Trukikaitis_Postimees, lk 2
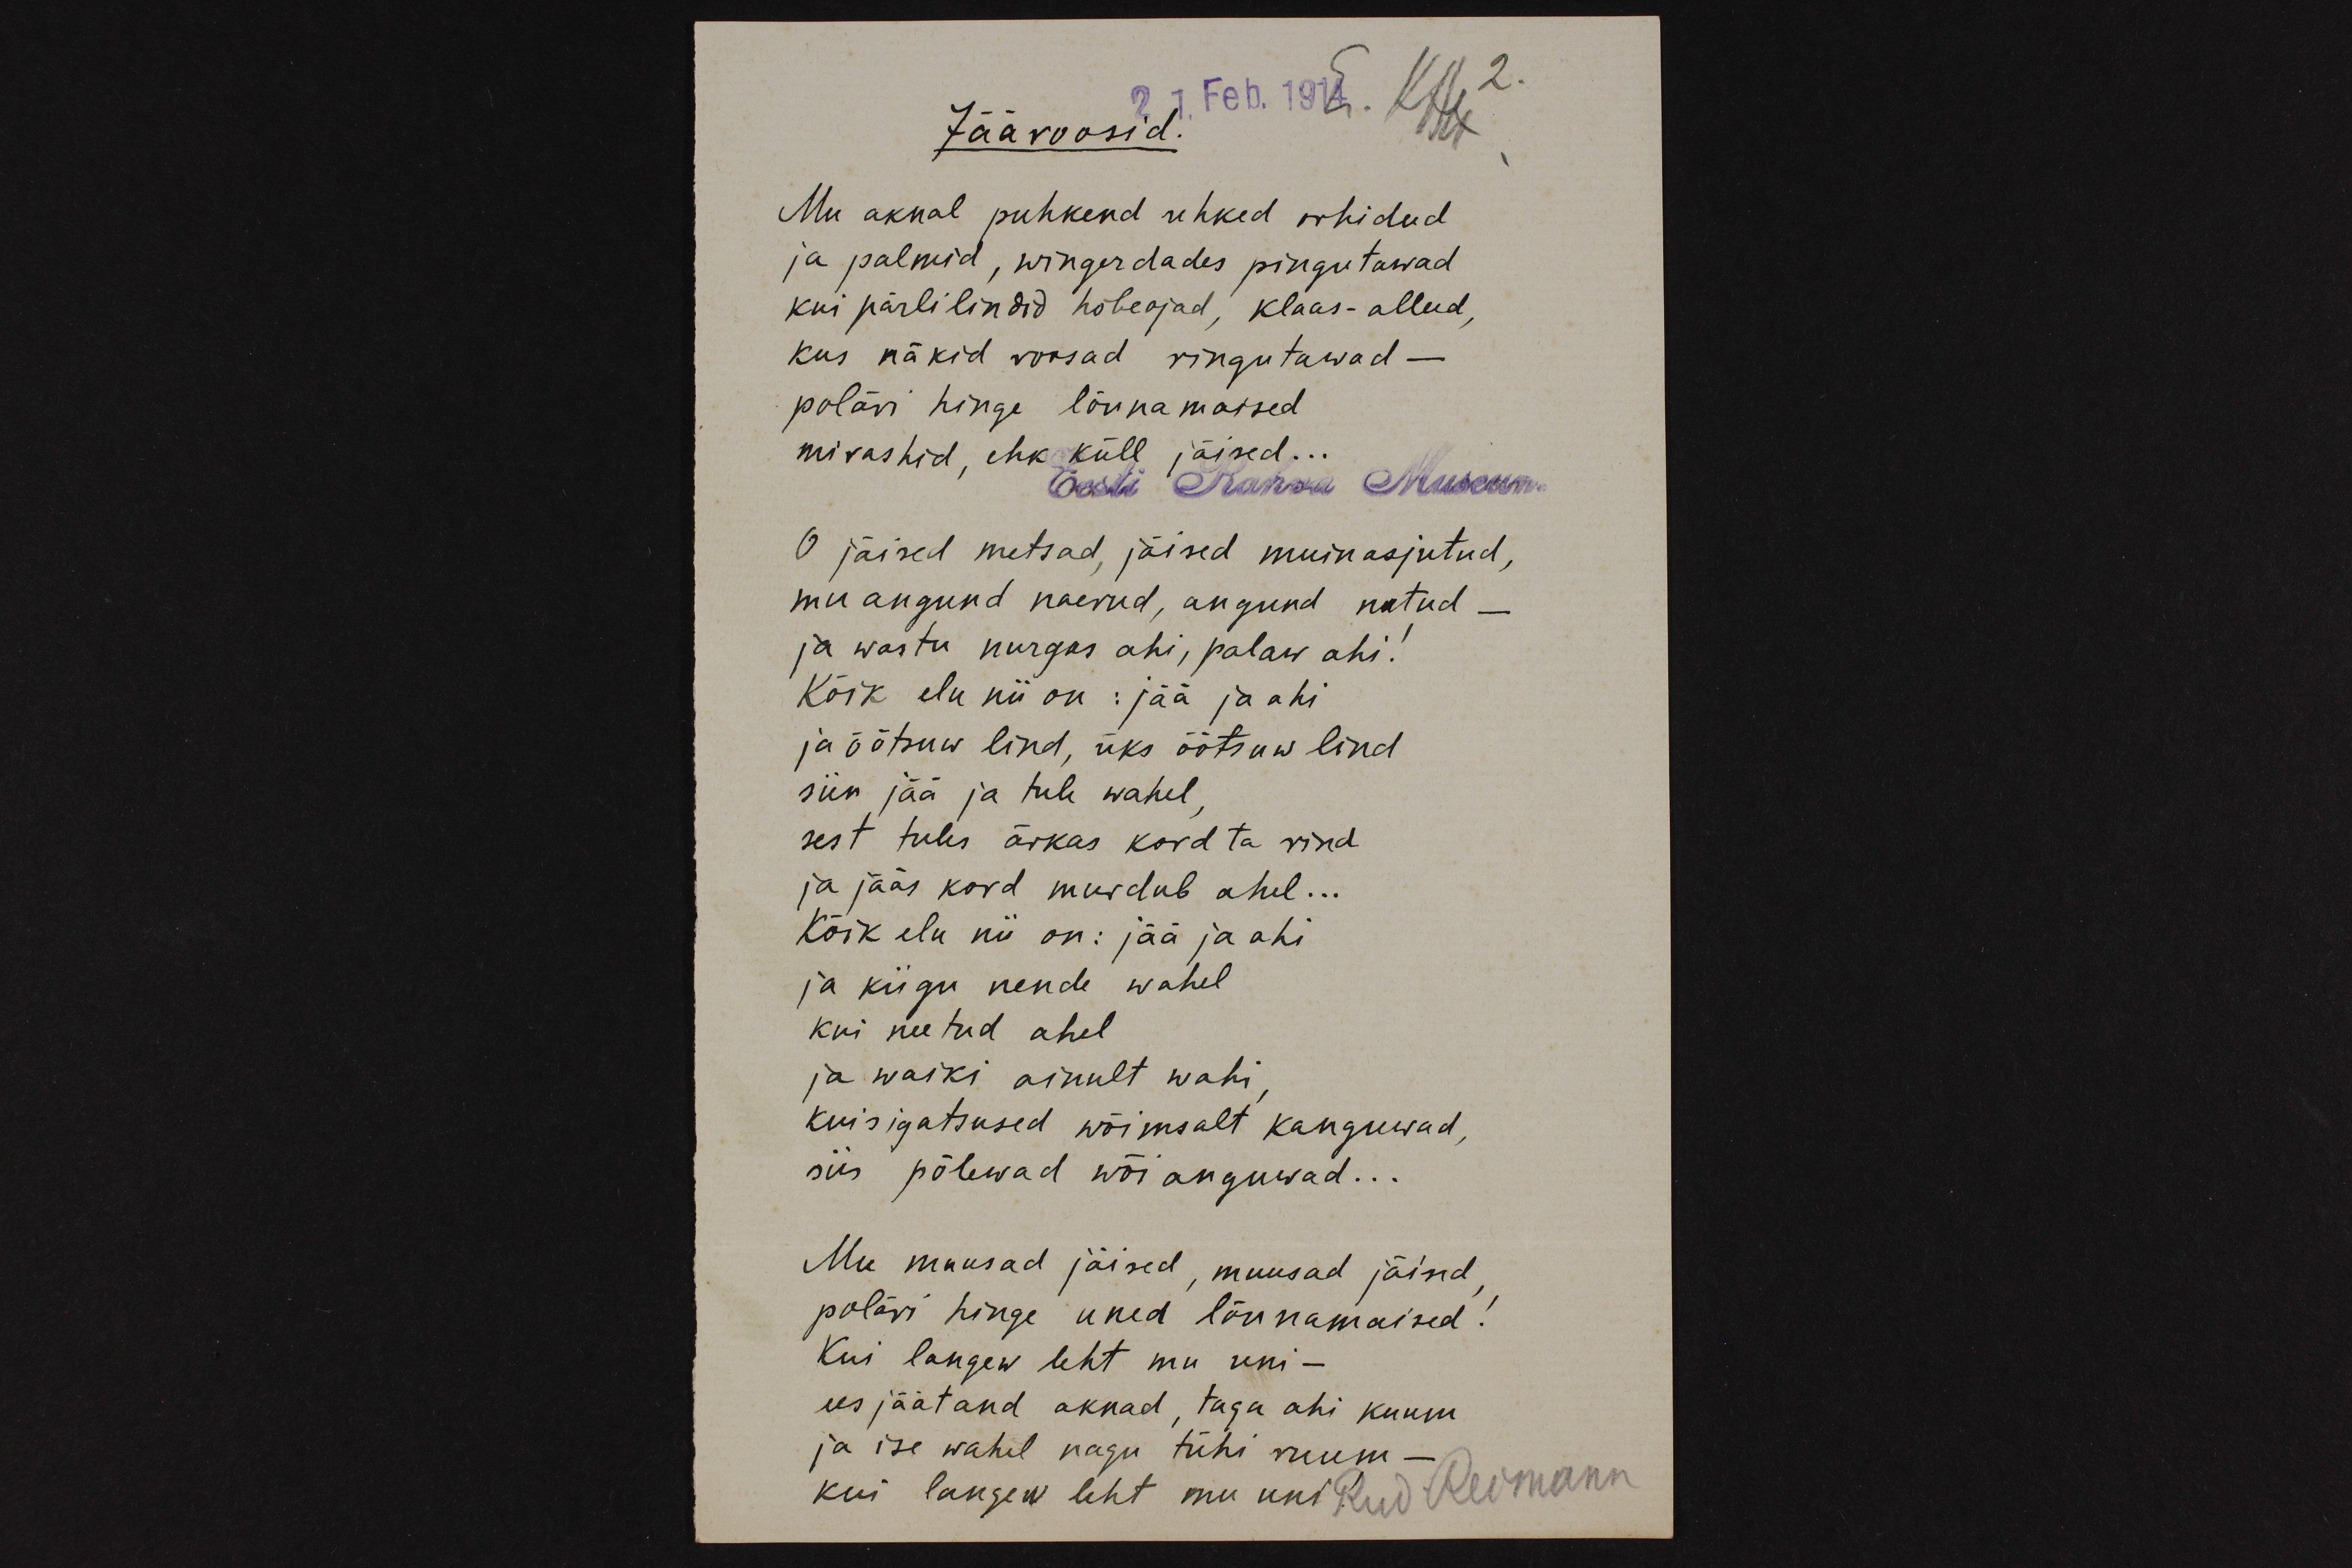
Jääroosid.
21 Feb. 1914.
Mu aknal puhkend uhked orhideed,
ja palmid, wingerdades pingutawad
kui pärlilindid hõbeojad, klaas - alleed,
kus näkid roosad ringutawad -
poläri hinge lõunamaised
mirashid, ehk küll jäised...
Eesti Rahva Museum
O jäised metsad, jäised muinasjutud,
mu angund naerud, angund nutud -
ja wastu nurgas ahi, palaw ahi!
Kõik elu nii on: jää ja ahi
ja õõtsuw lind, üks õõtsus lind
siin jää ja tule wahel
sest tules ärkas kord ta rind
ja jääs kord murdub ahel...
Kõik elu nii on: jää ja ahi
ja kiigu nende wahel
kui neetud ahel
ja waiki ainult wahi,
kuis igatsused wõimsalt kanguwad,
siis põlewad wõi anguwad...
Mu muusad jäised, muusad jäised
poläri hinge uned lõunamaised!
Kui langew leht mu uni -
ees jäätand aknad, taga ahi kuumi
ja ise wahel nagu tühi ruum -
kui langew leht mu uni!
Rud Reimann